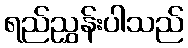
ရည်ညွှန်းပါသည်